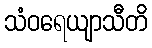
သံဝရေယျာသီတိ